Civil Veterinary Department Bihar & Orissa reports 1929-36 - 1929-1936
Year: 1929
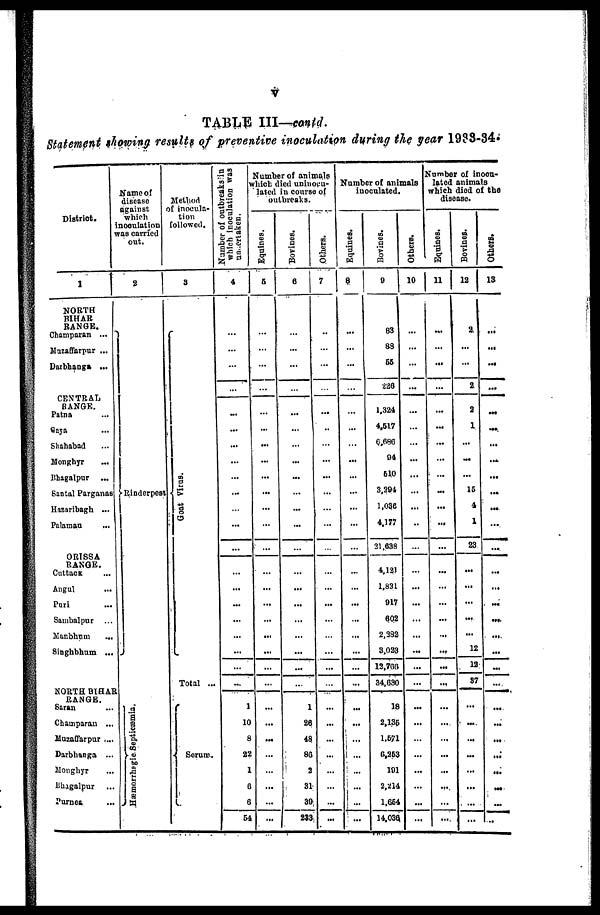
TABLE III—contd.
Statement showing results of preventive inoculation during the year 1933-34.
District.
1
NORTH
BIHAR
RANGE.
Champaran ...
Muzaffarpur ...
Darbhanga ...
CENTRAL
RANGE.
Patna ...
Gaya ...
Shahabad ...
Monghyr
...
Bhagalpur ...
Santal Parganas
Hazaribagh ...
Palamau ...
ORISSA
RANGE.
Cuttack ...
Angul ...
Puri ...
Sambalpur ...
Manbhum
...
Singhbhum ...
NORTH BIHAR
RANGE.
Saran ...
Champaran ...
Muzaffarpur ....
Darbhanga ...
Monghyr ...
Bhagalpur ...
Purnea
...
Name of
disease
against
which
inoculation
was carried
out.
2
Rinderpest
Hæmorrhagic Septicæmia.
Method
of inocula-
tion
followed.
3
Goat Vi r us.
Total ...
Serum.
Number of outbreaks in
which inoculation was
undertaken.
4
...
...
...
...
...
...
...
...
...
...
...
...
...
...
...
...
...
...
...
...
...
1
10
8
22
1
0
6
64
Number of animals
which died uninocu-
lated in course of
outbreaks.
Equines.
5
...
...
...
...
...
...
...
...
...
...
...
...
...
...
...
...
...
...
...
...
...
...
...
...
...
...
...
...
...
Bovines.
6
...
...
...
...
...
...
...
...
...
...
...
...
...
...
...
...
...
...
...
...
...
1
26
48
86
3
81
39
283
Others.
7
...
...
...
...
...
...
...
...
...
...
...
...
...
...
...
...
...
...
...
...
...
...
...
...
...
...
...
...
...
Number of animals
inoculated.
Equines.
8
...
...
...
...
...
...
...
...
...
...
...
...
...
...
...
...
...
...
...
...
...
...
...
...
...
...
...
...
...
Bovines.
0
83
83
55
226
1,324
4,517
6,686
94
510
3,294
1,036
4,177
21,638
4,121
1,821
917
602
2,282
3,023
12,766
34,630
18
2,136
1,571
6,253
191
2,214
1,654
14,036
Others.
10
...
...
...
...
...
...
...
...
...
...
..
...
...
...
...
...
...
...
...
...
...
...
...
......
...
...
...
Number of inocu-
lated animals
which died of the
disease.
Equines.
11
...
...
...
...
...
...
...
...
...
...
...
...
...
...
...
...
...
...
...
...
...
...
...
...
...
...
...
...
...
Bovines.
12
2
...
...
2
2
1
...
...
...
15
4
1
23
...
...
...
...
...
12
12
37
...
...
...
...
...
...
...
...
Others.
13
...
...
...
...
...
...
...
...
...
...
...
...
...
...
...
...
...
...
...
...
...
...
...
...
...
...
...
...
...